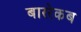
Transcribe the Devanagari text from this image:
बाररेकब